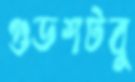
গুডশটবু